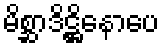
မိစ္ဆာဒိဋ္ဌိနောပေ